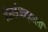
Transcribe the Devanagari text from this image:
दिलाई।कव्वालों